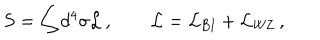
S = \int d ^ { 4 } \sigma { \cal L } \, , \qquad { \cal L } = { \cal L } _ { \mathrm { B I } } + { \cal L } _ { \mathrm { W Z } } \, ,